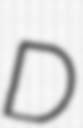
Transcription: D